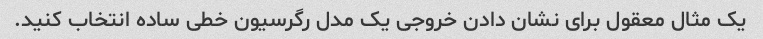
یک مثال معقول برای نشان دادن خروجی یک مدل رگرسیون خطی ساده انتخاب کنید.